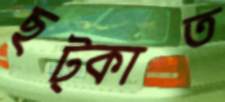
ছট্‌কাত